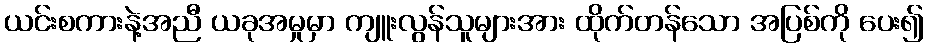
ယင်းစကားနဲ့အညီ ယခုအမှုမှာ ကျူးလွန်သူများအား ထိုက်တန်သော အပြစ်ကို ပေး၍